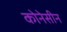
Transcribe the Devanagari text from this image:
कोनेसीन